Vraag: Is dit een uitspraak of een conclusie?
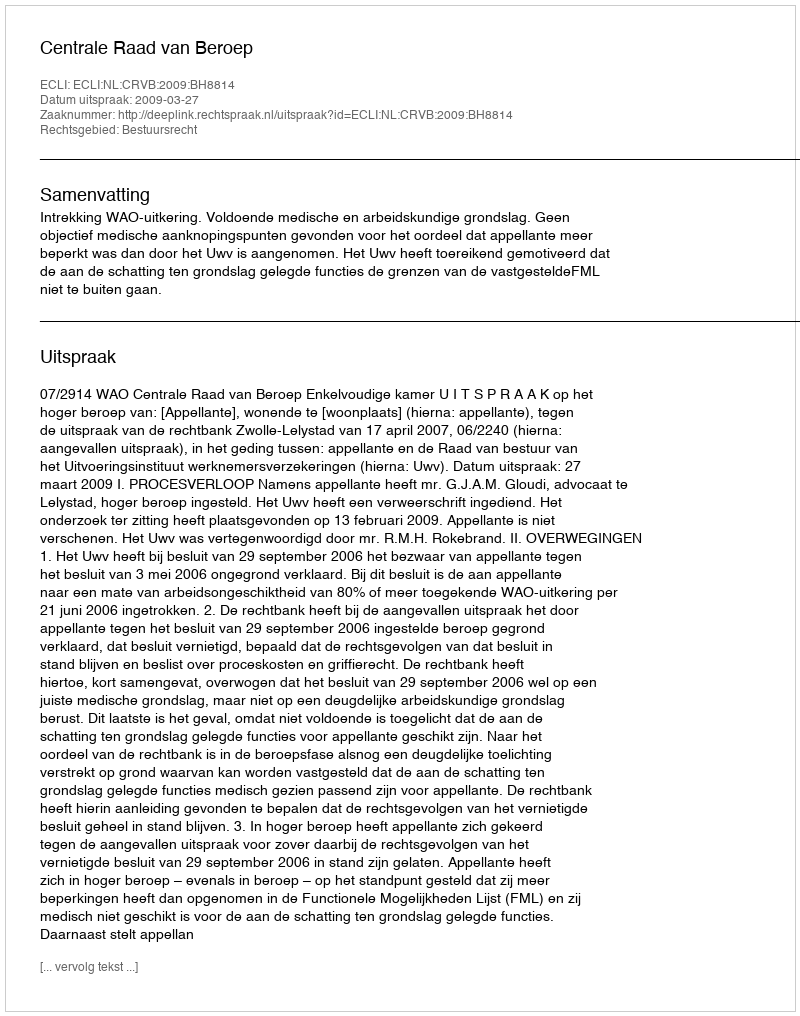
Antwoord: Uitspraak